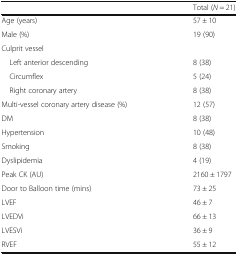
|  | Total (N = 21) |
 | --- | --- |
 | Age (years) | 57 ± 10 |
 | Male (%) | 19 (90) |
 | <COLSPAN=2> Culprit vessel |
 | Left anterior descending | 8 (38) |
 | Circumflex | 5 (24) |
 | Right coronary artery | 8 (38) |
 | Multi-vessel coronary artery disease (%) | 12 (57) |
 | DM | 8 (38) |
 | Hypertension | 10 (48) |
 | Smoking | 8 (38) |
 | Dyslipidemia | 4 (19) |
 | Peak CK (AU) | 2160 ± 1797 |
 | Door to Balloon time (mins) | 73 ± 25 |
 | LVEF | 46 ± 7 |
 | LVEDVi | 66 ± 13 |
 | LVESVi | 36 ± 9 |
 | RVEF | 55 ± 12 |